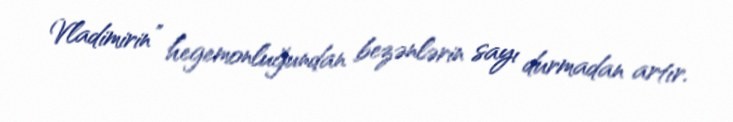
Vladimirin” hegemonluğundan bezənlərin sayı durmadan artır.